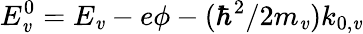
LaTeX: E_{\mathit{v}}^{0}=E_{\mathit{v}}-e\phi-(\hbar^{2}/2m_{\mathit{v}})k_{0,\mathit{v}}